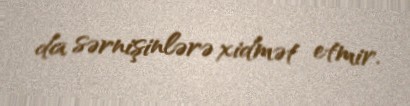
da sərnişinlərə xidmət etmir.